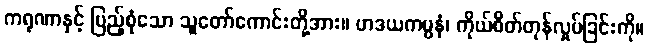
ကရုဏာနှင့် ပြည့်စုံသော သူတော်ကောင်းတို့အား။ ဟဒယကမ္ပနံ၊ ကိုယ်စိတ်တုန်လှုပ်ခြင်းကို။